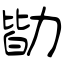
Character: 勓